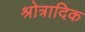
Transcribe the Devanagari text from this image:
श्रोत्रादिक